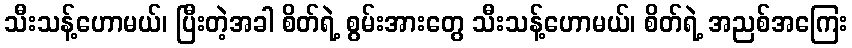
သီးသန့်ဟောမယ်၊ ပြီးတဲ့အခါ စိတ်ရဲ့ စွမ်းအားတွေ သီးသန့်ဟောမယ်၊ စိတ်ရဲ့ အညစ်အကြေး